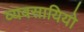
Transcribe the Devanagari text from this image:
व्यवसायियो